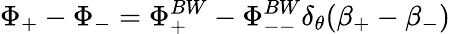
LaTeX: \Phi_{+}-\Phi_{-}=\Phi_{+}^{BW}-\Phi_{--}^{BW}\delta_{\theta}(\beta_{+}-\beta_{-})